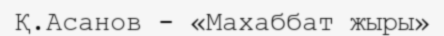
Қ.Асанов - «Махаббат жыры»